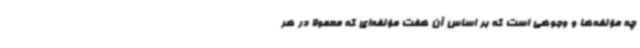
چه مؤلفه‌ها و وجوهی است که بر اساس آن هفت مؤلفه‌ای که معمولاً در هر